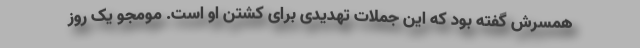
همسرش گفته بود که این جملات تهدیدی برای کشتن او است. مومجو یک روز